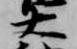
大